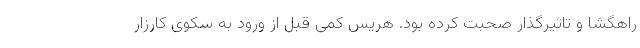
راهگشا و تاثیرگذار صحبت کرده بود. هریس کمی قبل از ورود به سکوی کارزار